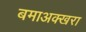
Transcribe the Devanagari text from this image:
बमाअक्खरा